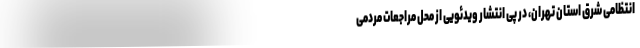
انتظامی شرق استان تهران، در پی انتشار ویدئویی از محل مراجعات مردمی